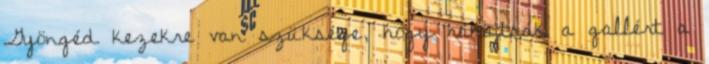
Gyöngéd kezekre van szüksége, hogy ráhajtsák a gallért a